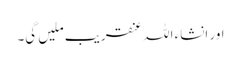
اور انشاء اللہ عنقریب ملیں گی۔